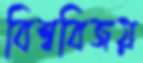
বিশ্ববিজয়